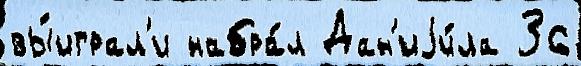
вы́играл'и набра́л Дан'иjи́ла 36